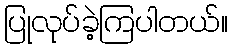
ပြုလုပ်ခဲ့ကြပါတယ်။